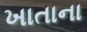
ખાતાના